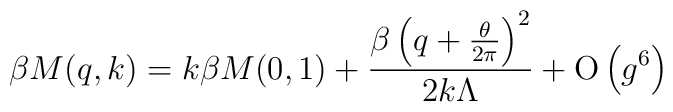
\beta M(q,k)=k\beta M(0,1) + \frac{\beta \left(q+\frac{\theta}{2\pi}\right)^{2}}{2k \Lambda} + {\rm O}\left(g^{6}\right)